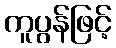
ကူပွန်ဖြင့်